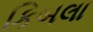
કિબલા